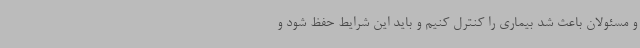
و مسئولان باعث شد بیماری را کنترل کنیم و باید این شرایط حفظ شود و